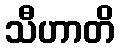
သီဟာတိ